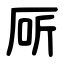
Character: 厛